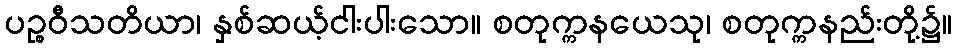
ပဉ္စဝီသတိယာ၊ နှစ်ဆယ့်ငါးပါးသော။ စတုက္ကနယေသု၊ စတုက္ကနည်းတို့၌။